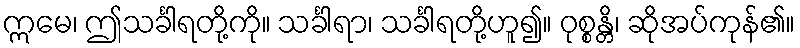
ဣမေ၊ ဤသင်္ခါရတို့ကို။ သင်္ခါရာ၊ သင်္ခါရတို့ဟူ၍။ ဝုစ္စန္တိ၊ ဆိုအပ်ကုန်၏။